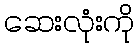
ဆေးလုံးကို